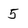
Character: 5